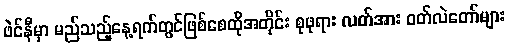
ဖဲင်နီမှာ မည်သည့်နေ့ရက်တွင်ဖြစ်စေထိုအတိုင်း စုဖုရား လတ်အား ဝတ်လဲတော်များ